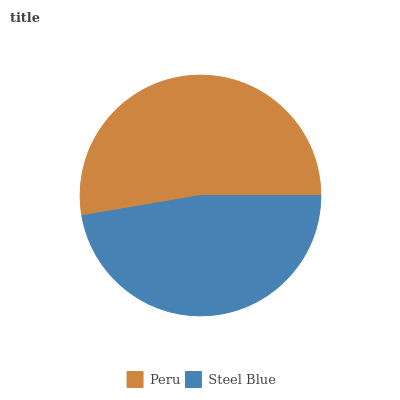
| Peru | Steel Blue |
 | --- | --- |
 | 52.7% | 47.3% |